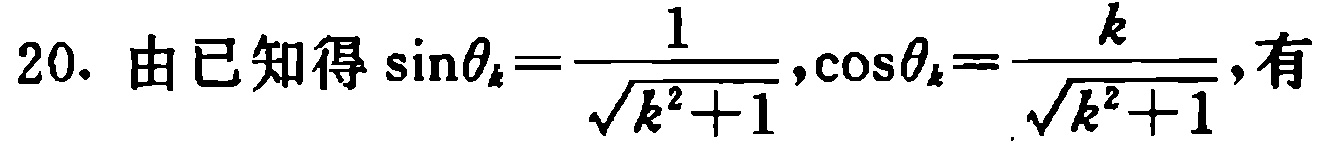
20. 由已知得\(\sin\theta_{k}=\frac{1}{\sqrt{k^{2}+1}},\cos\theta_{k}=\frac{k}{\sqrt{k^{2}+1}}\)，有